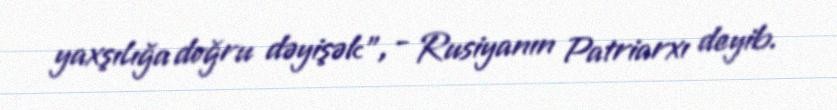
yaxşılığa doğru dəyişək", - Rusiyanın Patriarxı deyib.